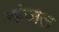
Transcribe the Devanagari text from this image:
कंजल